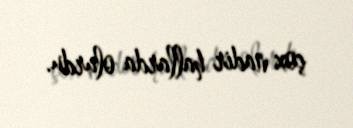
çox nadir hallarda olurdu.